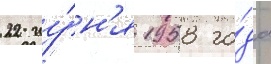
22 иу́н'я 1958 го́да